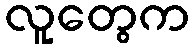
လူတွေက